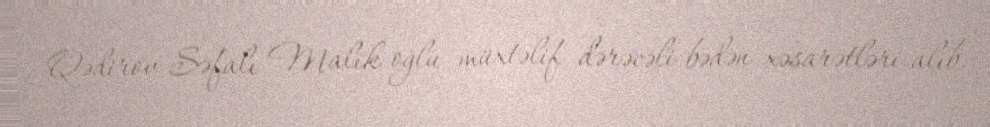
Qədirov Səfalı Malik oğlu müxtəlif dərəcəli bədən xəsarətləri alıb.